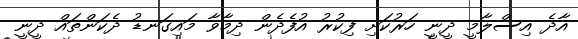
އާދެ އިސްލާމީ ދީނީ ހަރުކަށި ފިކުރު އުފެދެން ދިމާވާ މައިގަނޑު ދެކަންތައް ދީނީ